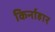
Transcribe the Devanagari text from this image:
किर्नाहार